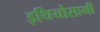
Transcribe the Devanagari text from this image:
इथियोसामी